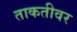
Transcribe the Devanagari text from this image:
ताकतीवर